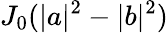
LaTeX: J_{0}(|a|^{2}-|b|^{2})